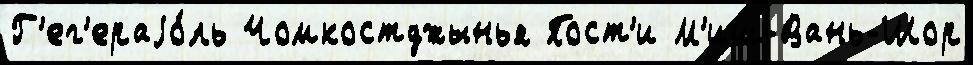
Г'ег'ераjо́ль Чомкостджынья Пост'и М'иш-Вань-Шор